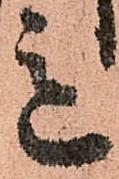
意